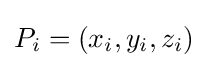
P_{i}=(x_{i},y_{i},z_{i})